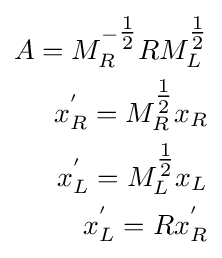
{\begin{aligned}A=M_{R}^{-{\tfrac {1}{2}}}RM_{L}^{\tfrac {1}{2}}\\x_{R}^{'}=M_{R}^{\tfrac {1}{2}}x_{R}\\x_{L}^{'}=M_{L}^{\tfrac {1}{2}}x_{L}\\x_{L}^{'}=Rx_{R}^{'}\\\end{aligned}}